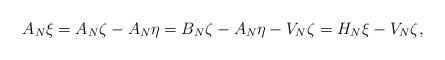
LaTeX: \begin{align*}A_N\xi=A_N\zeta-A_N\eta=B_N\zeta-A_N\eta-V_N\zeta=H_N\xi-V_N\zeta,\end{align*}